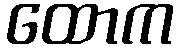
ထောက